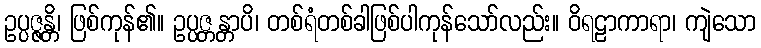
ဥပ္ပဇ္ဇန္တိ၊ ဖြစ်ကုန်၏။ ဥပ္ပဇ္တန္တာပိ၊ တစ်ရံတစ်ခါဖြစ်ပါကုန်သော်လည်း။ ဝိရဠာကာရာ၊ ကျဲသော